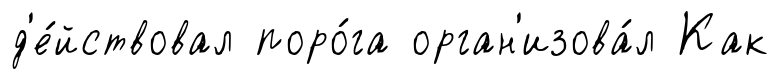
д'е́йствовал поро́га орган'изова́л Как